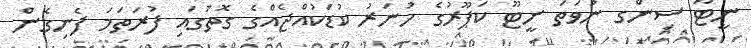
ނީޓޫ ސިންގ ނުވަތަ ނީޓޫ ކަޕޫރުގެ ހުނަރު ކުޑަކުއްޖެއްގެ ގޮތުގައި ފުރަތަމަ ފެނިގެން